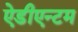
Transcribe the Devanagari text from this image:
ऐडीएन्टम